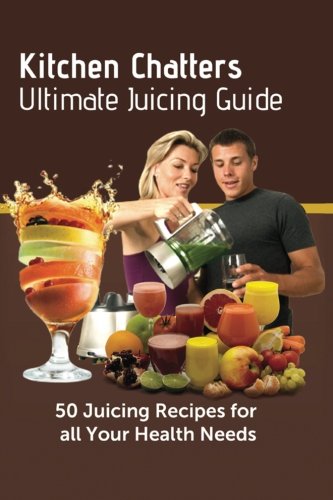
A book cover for Kitchen Chatters Ultimate Juicing Guide: 50 juicing Recipes for All Your Health Needs; Talisha Roos; Cookbooks, Food & Wine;